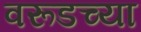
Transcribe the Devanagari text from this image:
वरूडच्या